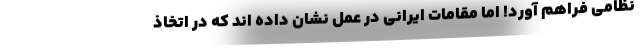
نظامی فراهم آورد! اما مقامات ایرانی در عمل نشان داده اند که در اتخاذ